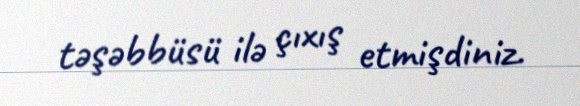
təşəbbüsü ilə çıxış etmişdiniz.